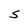
Character: S